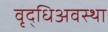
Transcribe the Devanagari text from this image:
वृद्धिअवस्था